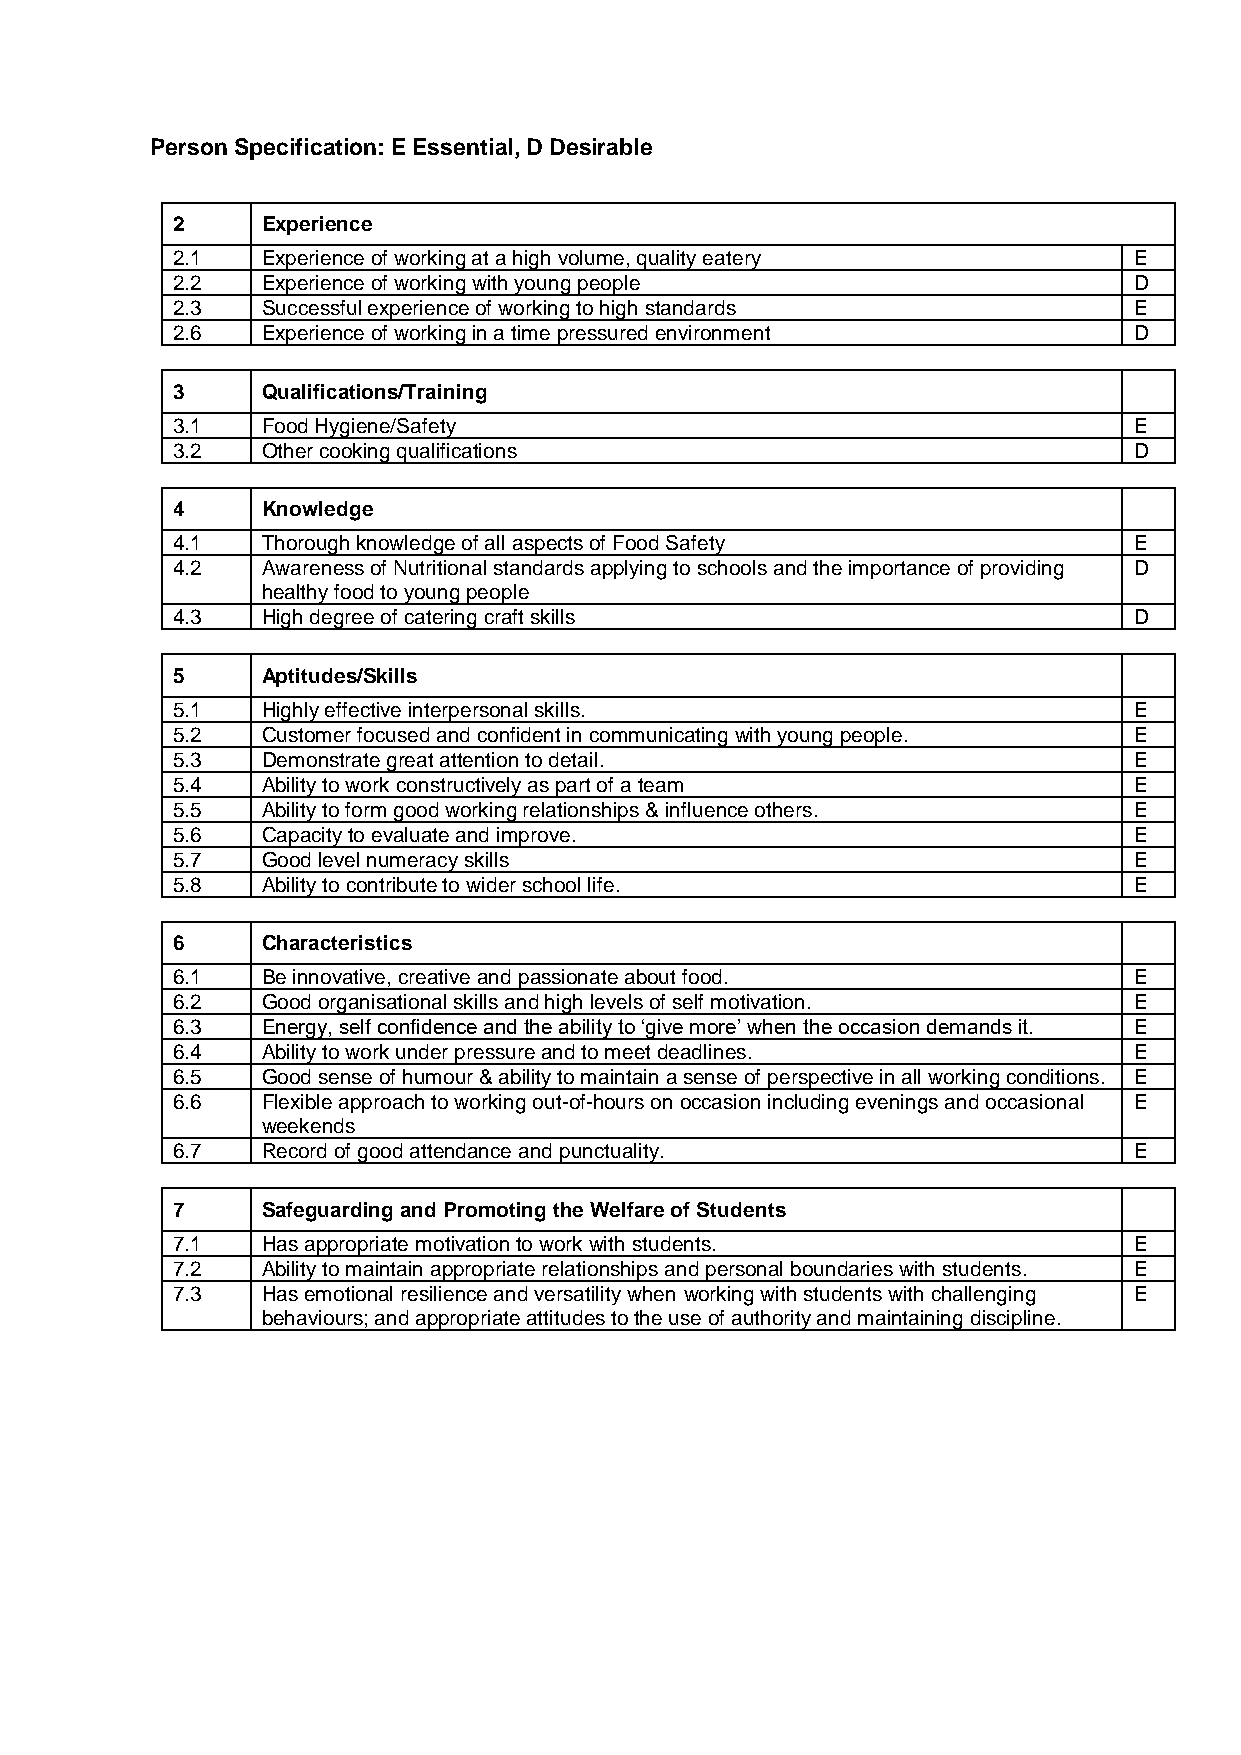
Person Specification: E Essential, D Desirable
 2     Experience
 2.1   Experience of working at a high volume, quality eatery    E
 2.2   Experience of working with young people                   D
 2.3   Successful experience of working to high standards        E
 2.6   Experience of working in a time pressured environment     D
 3     Qualifications/Training
 3.1   Food Hygiene/Safety                                       E
 3.2   Other cooking qualifications                              D
 4     Knowledge
 4.1   Thorough knowledge of all aspects of Food Safety          E
 4.2   Awareness of Nutritional standards applying to schools and the importance of providing D
 healthy food to young people
 4.3   High degree of catering craft skills                      D
 5     Aptitudes/Skills
 5.1   Highly effective interpersonal skills.                    E
 5.2   Customer focused and confident in communicating with young people. E
 5.3   Demonstrate great attention to detail.                    E
 5.4   Ability to work constructively as part of a team          E
 5.5   Ability to form good working relationships & influence others. E
 5.6   Capacity to evaluate and improve.                         E
 5.7   Good level numeracy skills                                E
 5.8   Ability to contribute to wider school life.               E
 6     Characteristics
 6.1   Be innovative, creative and passionate about food.        E
 6.2   Good organisational skills and high levels of self motivation. E
 6.3   Energy, self confidence and the ability to ‘give more’ when the occasion demands it. E
 6.4   Ability to work under pressure and to meet deadlines.     E
 6.5   Good sense of humour & ability to maintain a sense of perspective in all working conditions. E
 6.6   Flexible approach to working out-of-hours on occasion including evenings and occasional E
 weekends
 6.7   Record of good attendance and punctuality.                E
 7     Safeguarding and Promoting the Welfare of Students
 7.1   Has appropriate motivation to work with students.         E
 7.2   Ability to maintain appropriate relationships and personal boundaries with students. E
 7.3   Has emotional resilience and versatility when working with students with challenging E
 behaviours; and appropriate attitudes to the use of authority and maintaining discipline.